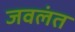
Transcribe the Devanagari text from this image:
जवलंत